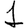
Digit: 1